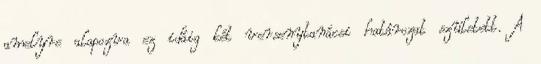
amelyre alapozva ez idáig két versenytanácsi határozat született. A